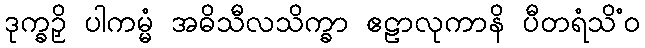
ဒုက္ခဉှိ ပါကမ္မံ အဓိသီလသိက္ခာ ဧဠာလုကာနိ ပီတရံသိံဝ